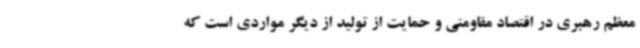
معظم رهبری در اقتصاد مقاومتی و حمایت از تولید از دیگر مواردی است که